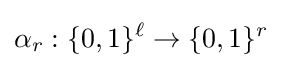
\alpha _{r}:\{0,1\}^{\ell }\to \{0,1\}^{r}